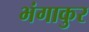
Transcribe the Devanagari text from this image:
भंगाकुर